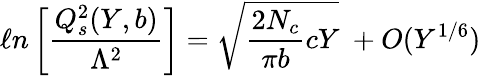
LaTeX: \ell n\left[{\frac{Q_{s}^{2}(Y,b)}{\Lambda^{2}}}\right]={\sqrt{{\frac{2N_{c}}{\pi b}}cY}}\ +O(Y^{1/6})